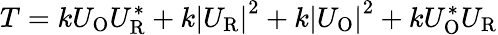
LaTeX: T=kU_{\mathrm{O}}U_{\mathrm{R}}^{*}+k\left|U_{\mathrm{R}}\right|^{2}+k\left|U_{\mathrm{O}}\right|^{2}+kU_{\mathrm{O}}^{*}U_{\mathrm{R}}